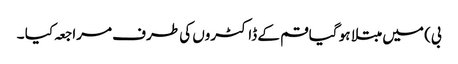
بی) میں مبتلا ہو گیا قم کے ڈاکٹروں کی طرف مراجعہ کیا ۔